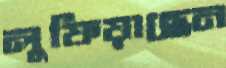
লুফিয়াছেন